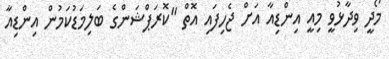
މޯދީ ވިދާޅުވީ މިއީ އިންޑިއާ އަށް ޖެހިފައި އޮތް "ކޮރަޕްޝަންގެ ބަލިމަޑުކަމުން އިންޑިއާ